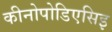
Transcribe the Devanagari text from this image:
कीनोपोडिएसिइ